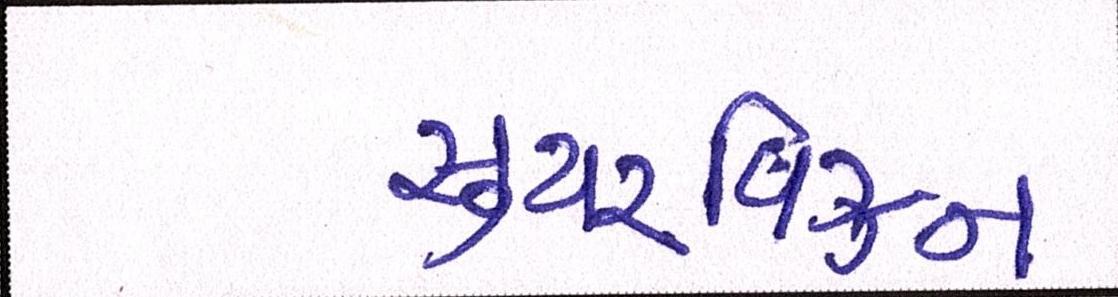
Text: સુપરવિઝન